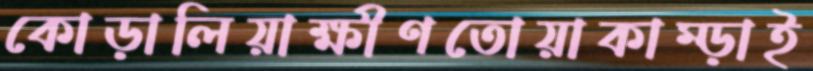
কোড়ালিয়াক্ষীণতোয়াকাম্‌ড়াই